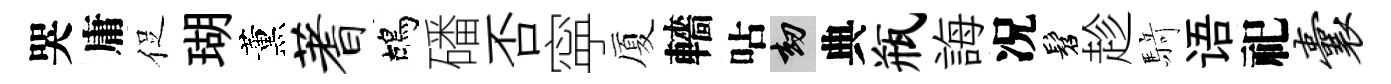
哭庸促瑚薰蓍鴣磻否寜厦轖呫劫典瓶誨况髫趁𮪍语祀囊